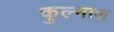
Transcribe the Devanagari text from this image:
कुल्नाश